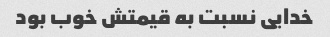
خدایی نسبت به قیمتش خوب بود